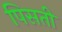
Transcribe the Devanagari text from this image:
पिसती